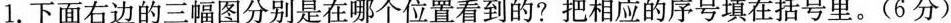
1.下面右边的三幅图分别是在哪个位置看到的?把相应的序号填在括号里。(6分)